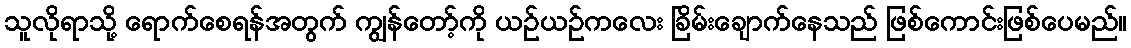
သူလိုရာသို့ ရောက်စေရန်အတွက် ကျွန်တော့်ကို ယဉ်ယဉ်ကလေး ခြိမ်းချောက်နေသည် ဖြစ်ကောင်းဖြစ်ပေမည်။